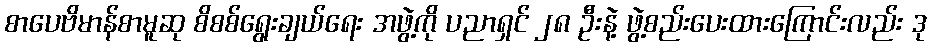
စာပေဗိမာန်စာမူဆု စိစစ်ရွေးချယ်ရေး အဖွဲ့ကို ပညာရှင် ၂၈ ဦးနဲ့ ဖွဲ့စည်းပေးထားကြောင်းလည်း ဒု